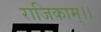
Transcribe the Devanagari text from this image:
राजिकाम्।।